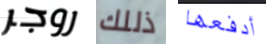
روجر ذللك أدفعها